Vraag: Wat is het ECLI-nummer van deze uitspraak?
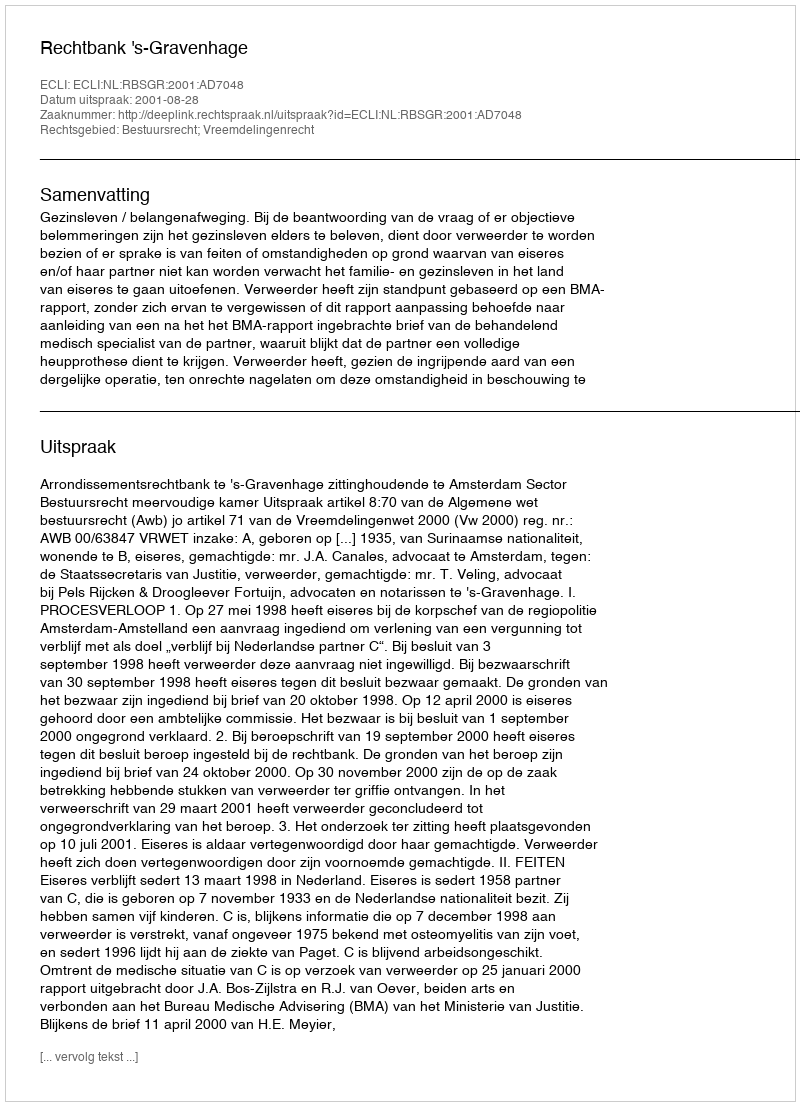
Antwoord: ECLI:NL:RBSGR:2001:AD7048